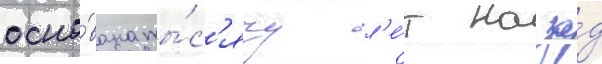
осно́вана ты́с'ячу л'е́т наза́д